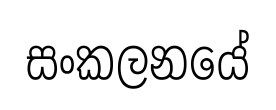
සංකලනයේ